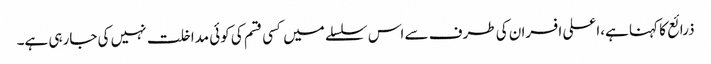
ذرائع کا کہنا ہے،اعلی افسران کی طرف سے اس سلسلے میں کسی قسم کی کوئی مداخلت نہیں کی جارہی ہے۔